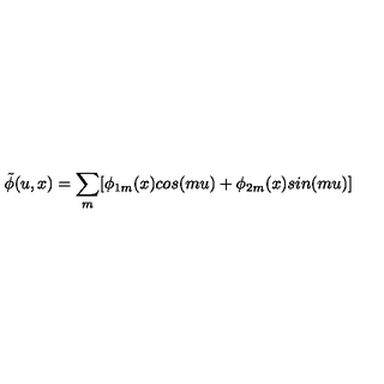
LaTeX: \tilde { \phi } ( u , x ) = \sum _ { m } [ \phi _ { 1 m } ( x ) c o s ( m u ) + \phi _ { 2 m } ( x ) s i n ( m u ) ]